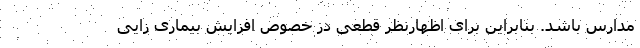
مدارس باشد. بنابراین برای اظهارنظر قطعی در خصوص افزایش بیماری زایی